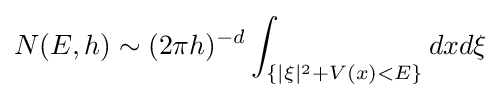
N(E,h)\sim (2\pi h)^{-d}\int _{\{|\xi |^{2}+V(x)<E\}}dxd\xi